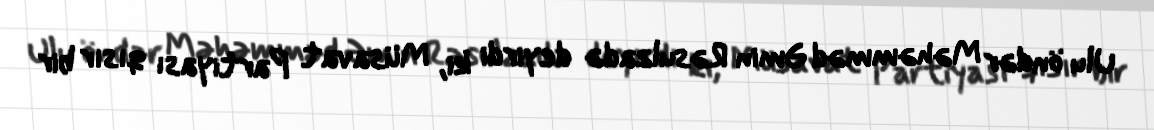
Ulu öndər Məhəmməd Əmin Rəsulzadə deyirdi ki, Müsavat Partiyası qısır bir